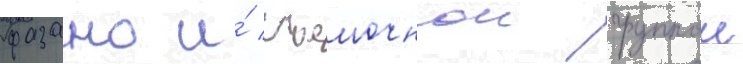
фазано и́ съемочнои группои